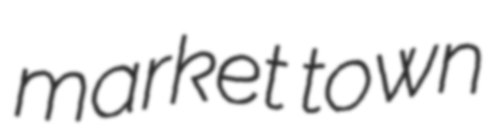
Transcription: market town